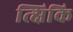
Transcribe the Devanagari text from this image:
त्क्षिकि